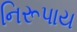
નિરૂપાય